Document type: Grant
Year: 1232
Scribe: Berenguer de Clos
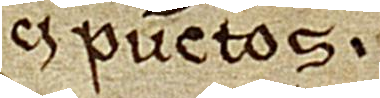
ci punctos.